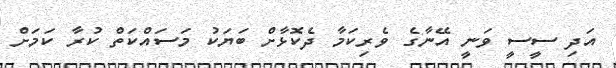
އަދި ސީސީ ވަނީ އޭނާގެ ވެރިކަމާ ދެކޮޅާށް ބަޔަކު މަސައްކަތް ކުރާ ކަމަށް